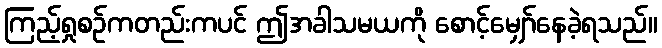
ကြည့်ရှုစဉ်ကတည်းကပင် ဤအခါသမယကို စောင့်မျှော်နေခဲ့ရသည်။